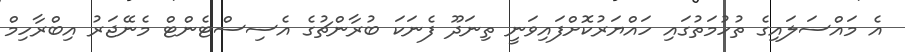
އެ މައްސަލައިގެ ތުހުމަތުގައި ހައްޔަރުކޮށްފައިވަނީ ތިނަދޫ ފެނަކަ ބުރާންޗުގެ އެސިސްޓެންޓް މެނޭޖަރު އިބްރާހިމް